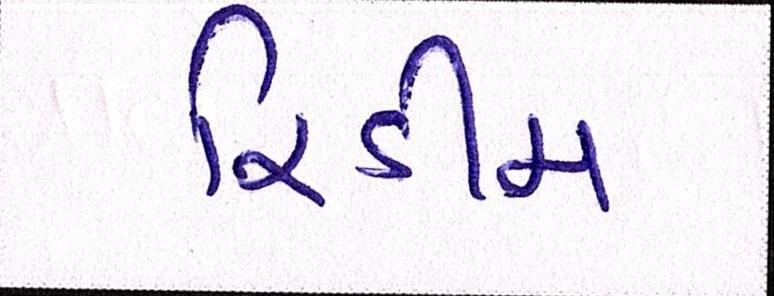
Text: રિડીમ